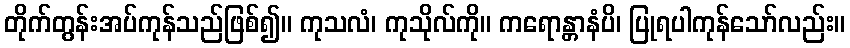
တိုက်တွန်းအပ်ကုန်သည်ဖြစ်၍။ ကုသလံ၊ ကုသိုလ်ကို။ ကရောန္တာနံပိ၊ ပြုရပါကုန်သော်လည်း။